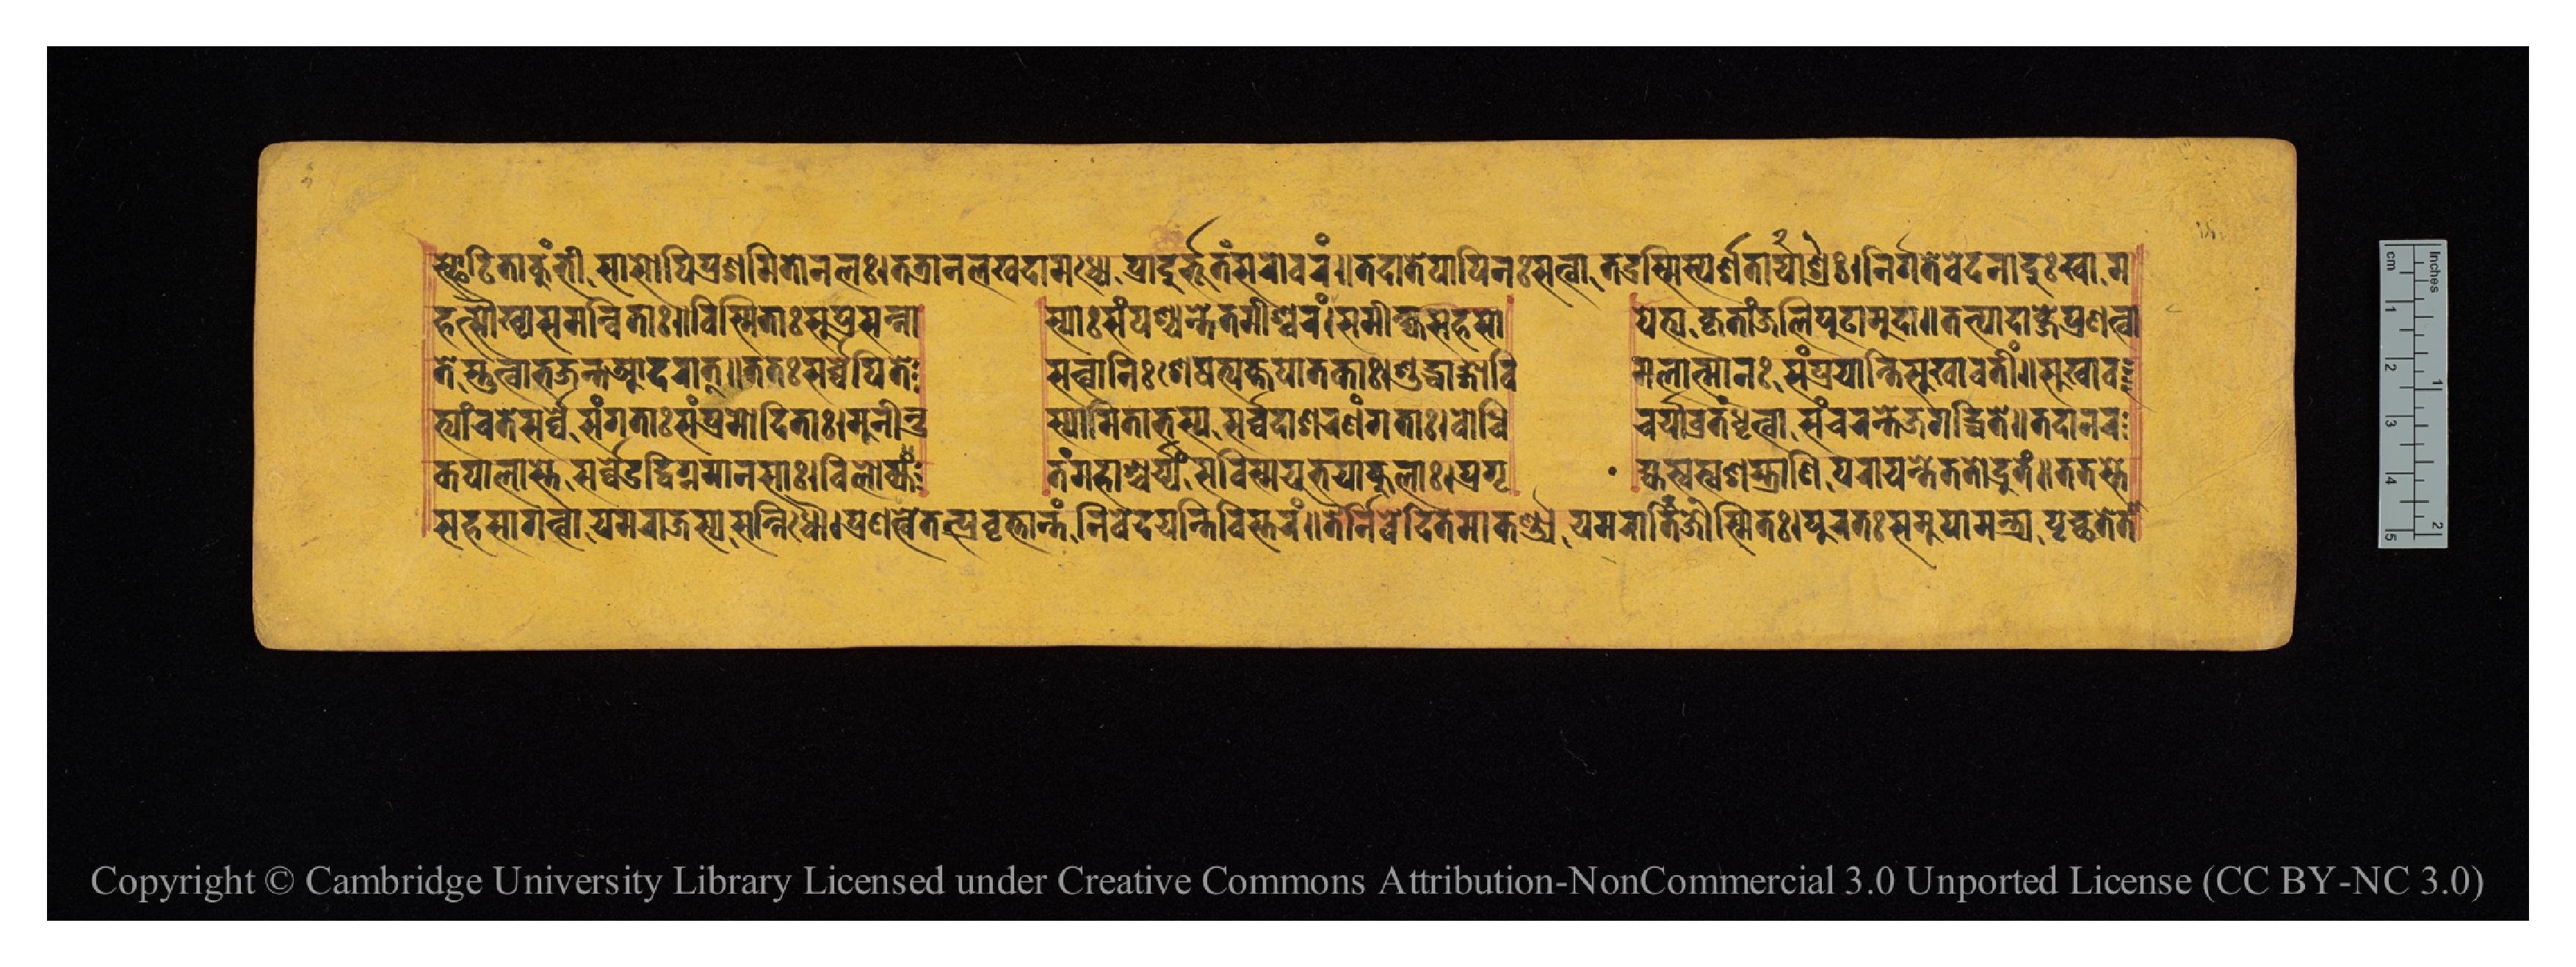
𑐳𑑂𑐦𑑀𑐚𑐶𑐟𑐵𑐎𑐸𑐩𑑂𑐨𑐷𑐳𑐵𑐳𑑀𑐥𑐶𑐥𑑂𑐬𑐱𑐩𑐶𑐟𑑀𑐣𑐮𑑅𑑋𑐟𑐟𑑂𑐬𑐵𑐣𑐮𑐏𑐡𑐵𑐩𑐢𑑂𑐫𑐾𑐥𑑂𑐬𑐵𑐡𑐸𑐬𑑂𑐨𑐹𑐟𑑄𑐳𑐬𑑀𑐰𑐬𑑄𑑌𑐟𑐡𑐵𑐟𑐾𑐥𑐵𑐥𑐶𑐣𑑅𑐳𑐟𑑂𑐰𑐵𑐳𑑂𑐟𑐡𑑂𑐬𑐱𑑂𑐩𑐶𑐳𑑂𑐥𑐬𑑂𑐱𑐟𑐵𑐱𑑂𑐬𑐫𑐵𑑅𑑋𑐣𑐶𑐬𑑂𑐐𑐟𑐰𑐾𑐡𑐣𑐵𑐡𑐸𑑅𑐏𑐵𑐩 𑐴𑐟𑑂𑐳𑑁𑐏𑑂𑐫𑐳𑐩𑐣𑑂𑐰𑐶𑐟𑐵𑑅𑑌𑐰𑐶𑐳𑑂𑐩𑐶𑐟𑐵𑑅𑐳𑐸𑐥𑑂𑐬𑐳𑐣𑑂𑐣𑐵  𑐟𑑂𑐩𑐵𑑅𑐳𑑄𑐥𑐱𑑂𑐫𑐣𑑂𑐟𑐾𑐟𑐩𑐷𑐱𑑂𑐰𑐬𑑄𑑋𑐳𑐩𑐷𑐎𑑂𑐲𑑂𑐫𑐳𑐴𑐳𑑀  𑐥𑐾𑐟𑑂𑐫𑐎𑐺𑐟𑐵𑐘𑑂𑐖𑐮𑐶𑐥𑐸𑐚𑐵𑐩𑐸𑐡𑐵𑑌𑐟𑐟𑑂𑐥𑐵𑐡𑐵𑐧𑑂𑐖𑐾𑐥𑑂𑐬𑐞𑐟𑑂𑐰𑐵𑐟𑐾𑐳𑑂𑐟𑐸𑐟𑑂𑐰𑐵 𑐨𑐖𑐣𑑂𑐟𑐁𑐡𑐬𑐵𑐟𑑂𑑌𑐟𑐟𑑅𑐳𑐬𑑂𑐰𑑂𑐰𑐾𑐥𑐶𑐟𑐾     𑐳𑐟𑑂𑐰𑐵𑐣𑐶𑑅𑐱𑐾𑐲𑐟𑑂𑐫𑐎𑑂𑐟𑐥𑐵𑐟𑐎𑐵𑑅𑑋𑐱𑐸𑐡𑑂𑐢𑐵𑑄𑐐𑐵𑐰𑐶  𑐩𑐮𑐵𑐟𑑂𑐩𑐵𑐣𑑅𑐳𑑄𑐥𑑂𑐬𑐫𑐵𑐣𑑂𑐟𑐶𑐳𑐸𑐏𑐵𑐰𑐟𑐷𑑄𑑌𑐳𑐸𑐏𑐵𑐰 𑐟𑑂𑐫𑐵𑑄𑐔𑐟𑐾𑐳𑐬𑑂𑐰𑑂𑐰𑐾𑐳𑑄𑐐𑐟𑐵𑑅𑐳𑑄𑐥𑑂𑐬𑐩𑑀𑐡𑐶𑐟𑐵𑑅𑑋𑐩𑐸𑐣𑐷𑐣𑑂𑐡𑑂𑐬  𑐳𑑂𑐫𑐵𑐩𑐶𑐟𑐵𑐨𑐳𑑂𑐫𑐳𑐬𑑂𑐰𑑂𑐰𑐡𑐵𑐱𑐬𑐞𑑄𑐐𑐟𑐵𑑅𑑋𑐧𑑀𑐢𑐶  𑐔𑐬𑑂𑐫𑐵𑐰𑑂𑐬𑐟𑑄𑐢𑐺𑐟𑑂𑐰𑐵𑐳𑐘𑑂𑐔𑐬𑐣𑑂𑐟𑐾𑐖𑐐𑐡𑑂𑐢𑐶𑐟𑐾𑑌𑐟𑐡𑐵𑐣𑐬 𑐎𑐥𑐵𑐬𑐵𑐳𑑂𑐟𑐾𑐳𑐬𑑂𑐰𑑂𑐰𑑁𑐡𑑂𑐰𑐶𑐐𑑂𑐣𑐩𑐵𑐣𑐳𑐵𑑅𑑋𑐰𑐶𑐮𑑀𑐎𑑂𑐫  𑐟𑑄𑐩𑐴𑐵𑐱𑑂𑐔𑐬𑑂𑐫𑑄𑐳𑐰𑐶𑐳𑑂𑐩𑐫𑐨𑐫𑐵𑐎𑐸𑐮𑐵𑑅𑑋𑐥𑑂𑐬𑐐𑐺  𑐴𑑂𑐫𑐳𑑂𑐰𑐳𑑂𑐰𑐱𑐫𑐵𑐞𑐶𑐥𑐮𑐵𑐫𑐣𑑂𑐟𑐾𑐟𑐟𑑀𑐡𑑂𑐬𑐸𑐟𑑄𑑌𑐟𑐟𑐳𑑂𑐟𑐾 𑐳𑐴𑐳𑐵𑐐𑐟𑑂𑐰𑐵𑐫𑐩𑐬𑐵𑐖𑐳𑑂𑐫𑐳𑐣𑑂𑐣𑐶𑐢𑑁𑑋𑐥𑑂𑐬𑐞𑐟𑑂𑐰𑐾𑐟𑐟𑑂𑐥𑑂𑐬𑐰𑐺𑐟𑐵𑐣𑑂𑐟𑑄𑐣𑐶𑐰𑐾𑐡𑐫𑐣𑑂𑐟𑐶𑐰𑐶𑐳𑑂𑐟𑐬𑑄𑑌𑐟𑐿𑐬𑑂𑐣𑐶𑐰𑐾𑐡𑐶𑐟𑐩𑐵𑐎𑐬𑑂𑐞𑑂𑐫𑐫𑐩𑐬𑐵𑐖𑑀𑐟𑐶𑐰𑐶𑐳𑑂𑐩𑐶𑐟𑑅𑑋𑐥𑐸𑐬𑐟𑑅𑐳𑐩𑐸𑐥𑐵𑐩𑐣𑑂𑐟𑑂𑐬𑑂𑐫𑐥𑐺𑐔𑑂𑐕𑐟𑐾𑐟𑐵